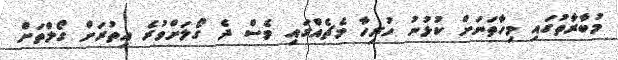
މުބާރާތުގައި މިހާތަނަށް ކުޅުނު ހުރިހާ މެޗެއްގައި ވެސް ދެ ގޯލަށްވުރެ އިތުރަށް ގޯލްތަށް